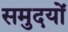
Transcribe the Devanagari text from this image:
समुदयों